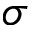
\sigma